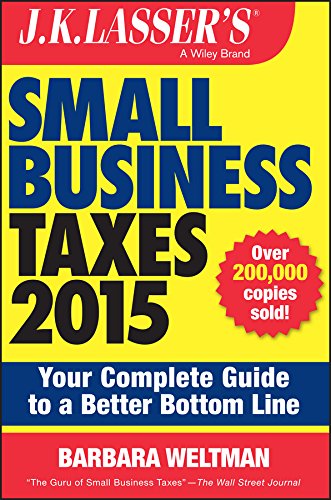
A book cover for J.K. Lasser's Small Business Taxes 2015: Your Complete Guide to a Better Bottom Line; Barbara Weltman; Business & Money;